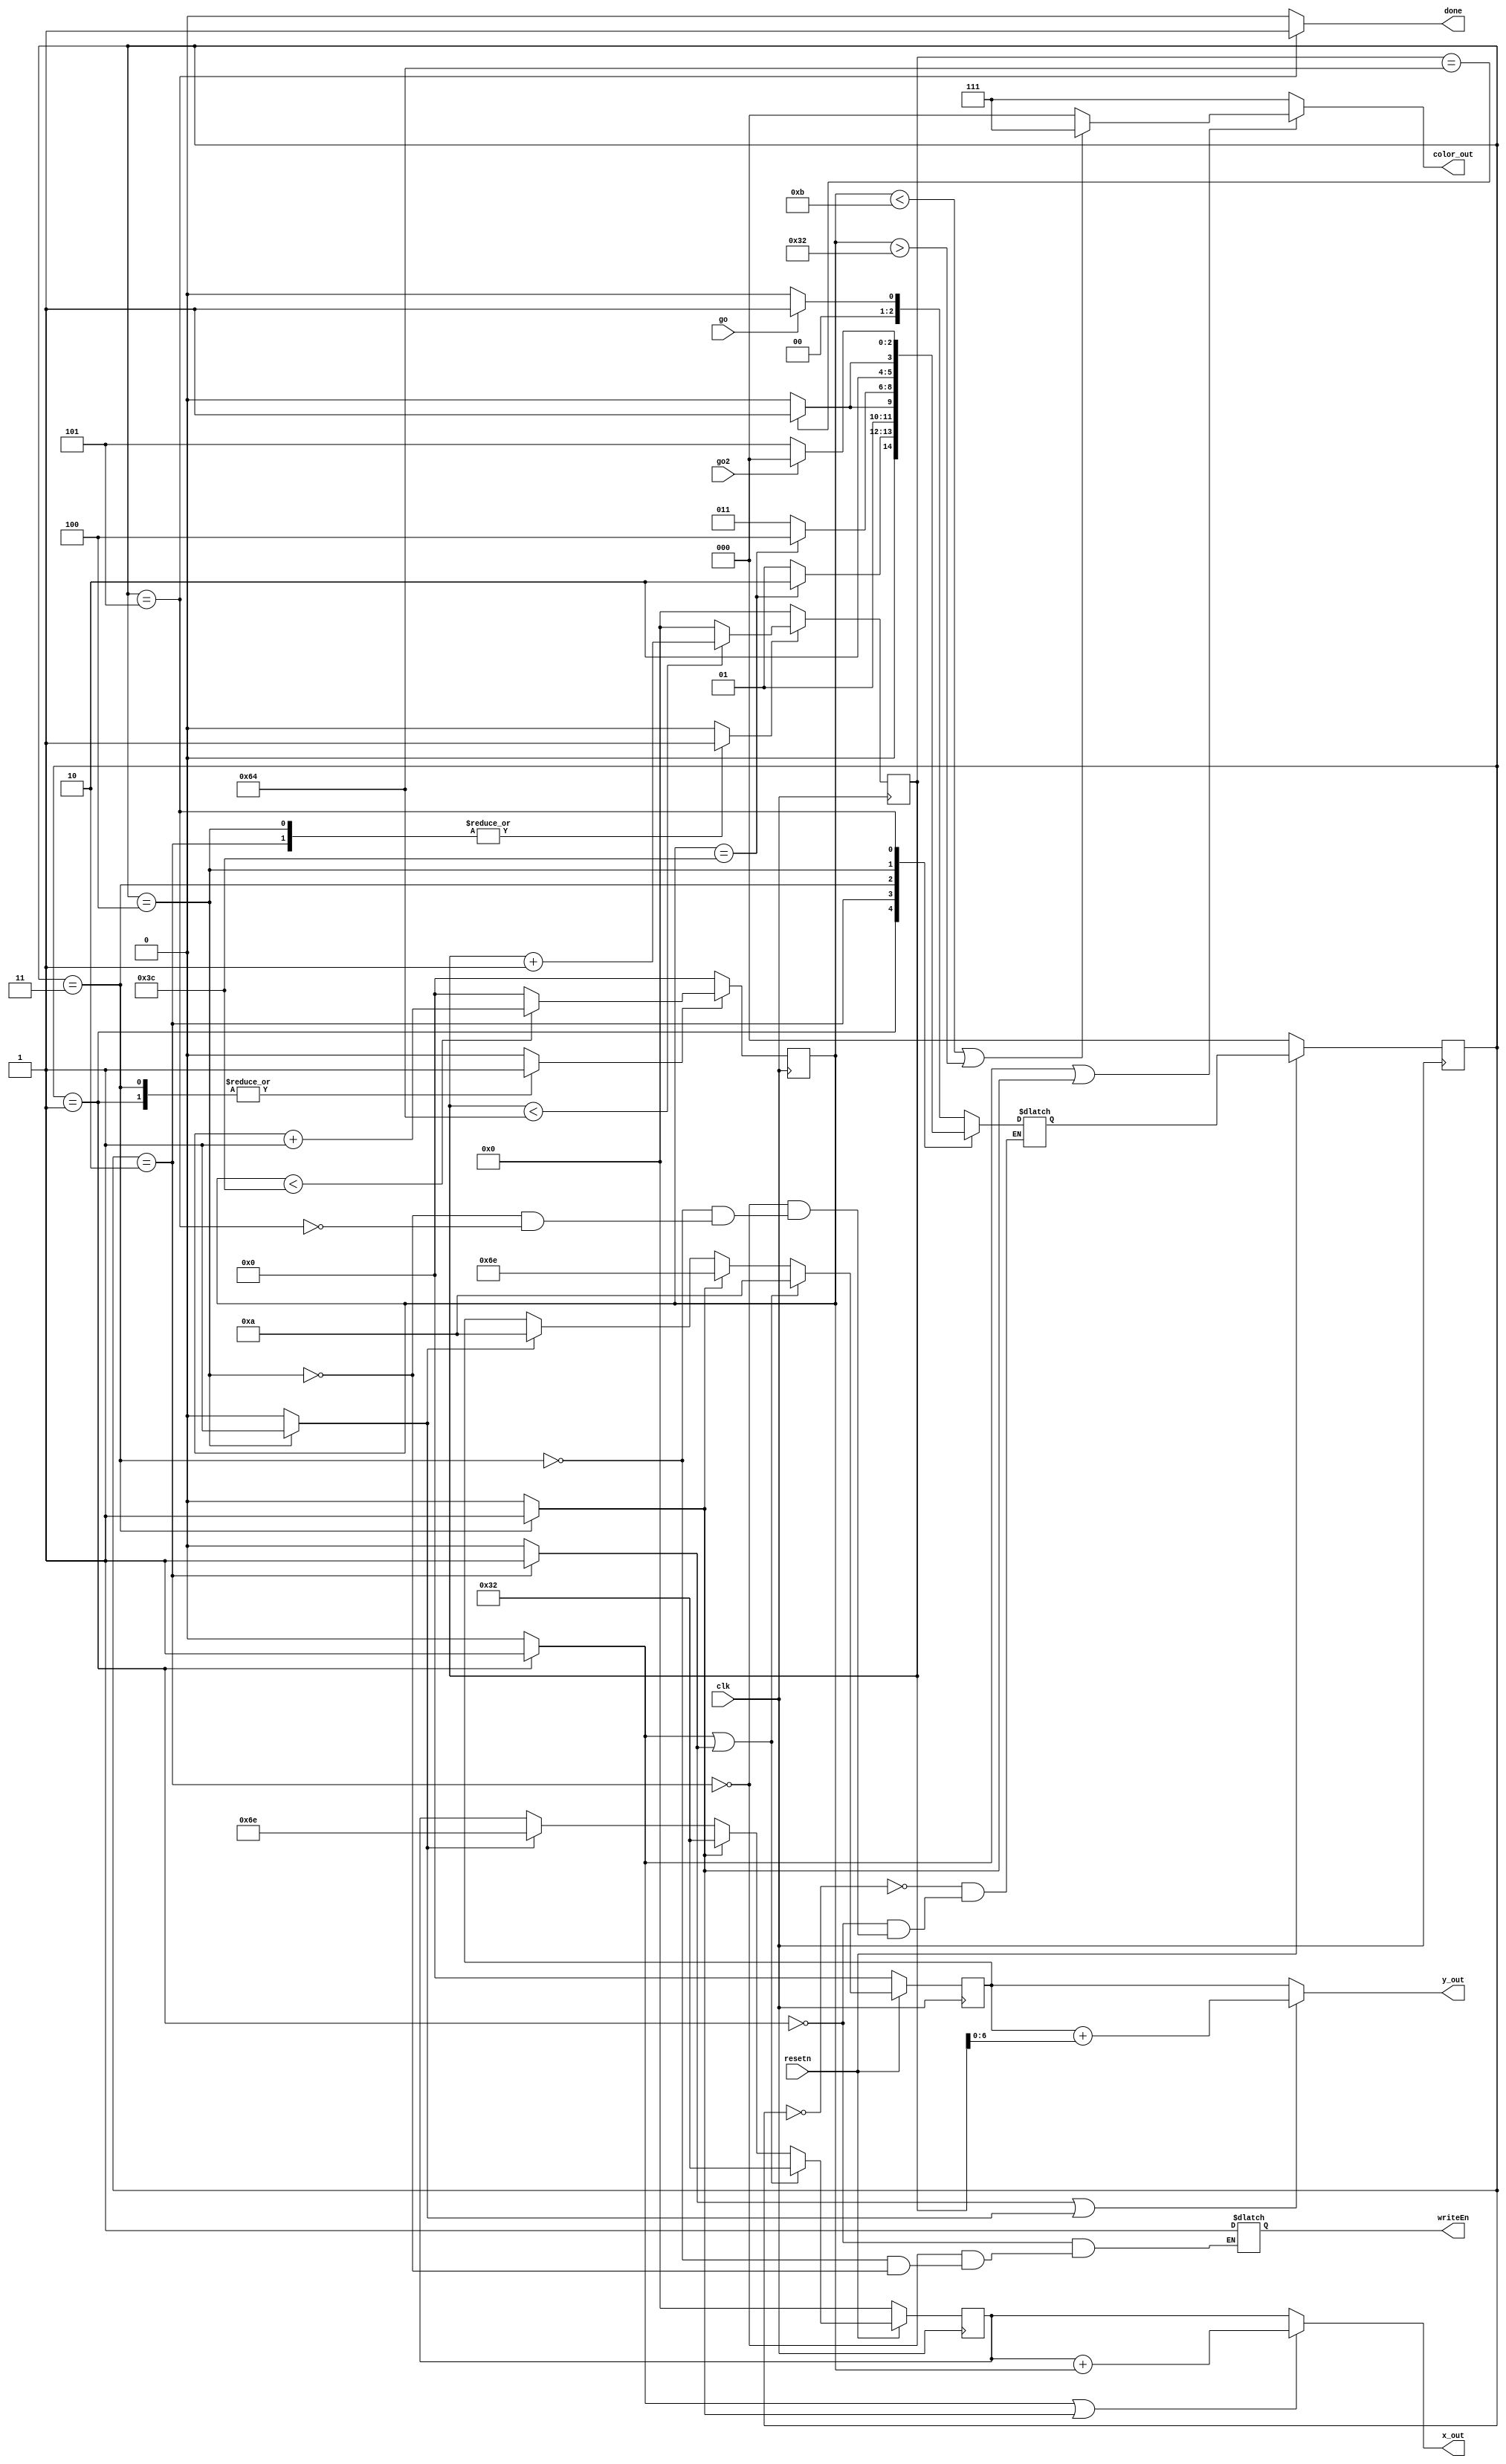
module draw_border(
	input clk, resetn, go, go2,
	output reg writeEn,
    output reg done,
    output reg [7:0] x_out,
    output reg [6:0] y_out,
    output reg [2:0] color_out
    );
    reg [7:0] x;
    reg [6:0] y;
    
	reg [2:0] current_state, next_state;


    always @(posedge clk) begin
		if (!resetn)
			current_state <= WAIT;
		else
			current_state <= next_state;
	end

	localparam  WAIT = 4'd0,
                TOP = 4'd1, 
                LEFT = 4'd2,
				BOTTOM = 4'd3,                 
				RIGHT = 4'd4,
                DONE = 4'd5;
    
    wire top_done, bottom_done, left_done, right_done;
    always @(*)
    begin: state_table
        case (current_state)
            WAIT: next_state = go ? TOP : WAIT;
            TOP: next_state = counter1_done ? LEFT : TOP;
            LEFT: next_state = counter2_done ? BOTTOM : LEFT;
            BOTTOM: next_state = counter1_done ? RIGHT : BOTTOM;
            RIGHT: next_state = counter2_done ? DONE : RIGHT;
            DONE: next_state = go2 ? WAIT : DONE;
		endcase
	end
 
    reg ld_top, ld_bottom, ld_left, ld_right, reset_counter1, reset_counter2;
	always @(*)
	begin
        done = 1'b0;
        ld_top = 1'b0;
        ld_bottom = 1'b0;
        ld_left = 1'b0;
        ld_right = 1'b0;
        reset_counter1 = 1'b0;
        reset_counter2 = 1'b0;
		case (current_state)
			
			TOP: begin
                ld_top = 1'b1;
                reset_counter1 = 1'b1;
                writeEn = 1'b1;
            end
            LEFT: begin
                ld_left = 1'b1;
                reset_counter2 = 1'b1;
                writeEn = 1'b1;
            end
			BOTTOM: begin
                ld_bottom = 1'b1;
                reset_counter1 = 1'b1;
                writeEn = 1'b1;
			end
                       
            RIGHT: begin
                ld_right = 1'b1;
                reset_counter2 = 1'b1;
                writeEn = 1'b1;
            end
            DONE: begin
                done = 1'b1;
            end
		endcase
	end


	always @(posedge clk) begin
		if (!resetn) begin
			x <= 8'b0;
			y <= 7'b0;
		end
		else begin
			if (ld_top || ld_left) begin
				x <= 8'd50;
                y <= 7'd10;
			end
			else if (ld_bottom) begin
				x <= 8'd50;
				y <= 7'd110;
			end
			else if (ld_right) begin
				x <= 8'd110;
				y <= 7'd10;																							
			end
		end
	end


	reg [6:0] counter1;
	//counter
	always @(posedge clk) begin
		if (!reset_counter1)
			counter1 <= 7'd0;
		else begin
            if (counter1 < 7'd60)
                counter1 <= counter1 + 1'b1;	
            else
                counter1 <= 7'd0;
        end
    end
    assign counter1_done = (counter1 == 7'd60);
    reg [7:0] counter2;
    always @(posedge clk) begin
        if (!reset_counter2)
			counter2 <= 8'd0;
        else begin
            if (counter2 < 8'd100)
                counter2 <= counter2 + 1'b1;
            else
                counter2 <= 8'd0;
        end
    end
    assign counter2_done = (counter2 == 8'd100);
	


	always @(*) begin
		x_out = (ld_top || ld_bottom) ? (x + counter1[6:0]) : x;
		y_out = (ld_left || ld_right) ? (y + counter2[7:0]) : y;
        if (ld_top | ld_bottom)
            color_out = (counter1 < 7'd11 | counter1 > 7'd50) ? 3'b111 : 3'b000;
        else
            color_out = 3'b111;
	end

endmodule